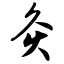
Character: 灸